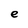
Character: e